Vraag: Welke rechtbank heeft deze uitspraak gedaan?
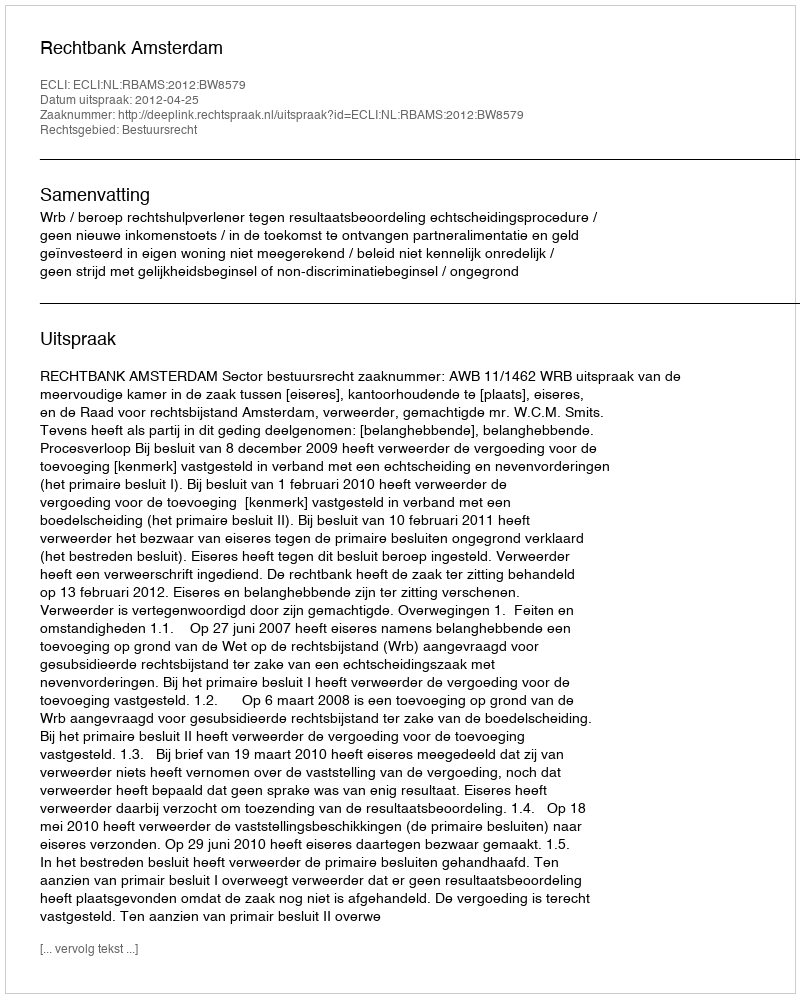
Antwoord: Rechtbank Amsterdam